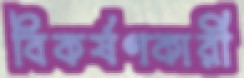
বিকর্ষণকারী